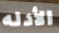
الأدله